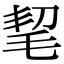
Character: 𣭭